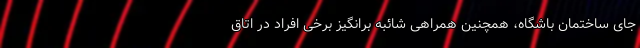
جای ساختمان باشگاه، همچنین همراهی شائبه برانگیز برخی افراد در اتاق